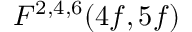
F ^ { 2 , 4 , 6 } ( 4 f , 5 f )